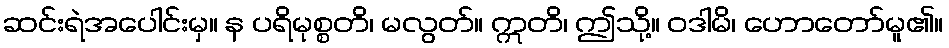
ဆင်းရဲအပေါင်းမှ။ န ပရိမုစ္စတိ၊ မလွတ်။ ဣတိ၊ ဤသို့။ ဝဒါမိ၊ ဟောတော်မူ၏။